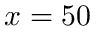
x = 5 0